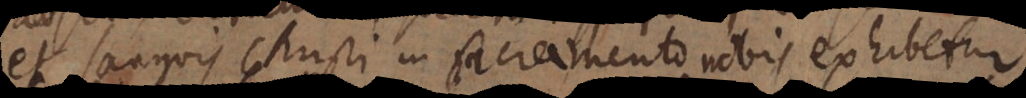
et sanguis Christi in sacramento nobis exhibetur.